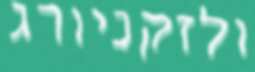
ולזקניורג